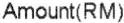
AMOUNT(RM)